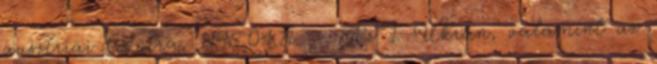
ausztriai frontra. 1945.04.16. - Az 1. Ukrán, valamint az